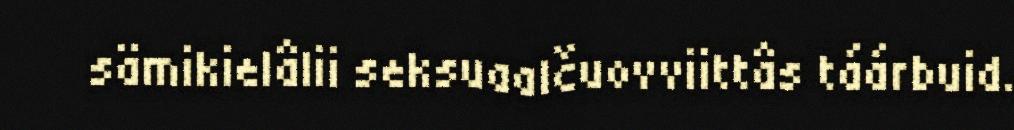
sämikielâlii seksuaalčuovviittâs táárbuid.